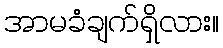
အာမခံချက်ရှိလား။